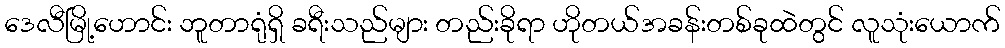
ဒေလီမြို့ဟောင်း ဘူတာရုံရှိ ခရီးသည်များ တည်းခိုရာ ဟိုတယ်အခန်းတစ်ခုထဲတွင် လူသုံးယောက်